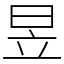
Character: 昱